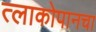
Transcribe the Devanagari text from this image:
त्लाकोपानचा